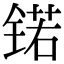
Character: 锘